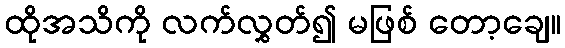
ထိုအသိကို လက်လွှတ်၍ မဖြစ် တော့ချေ။